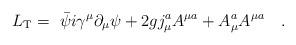
LaTeX: \begin{align*}L_{{\rm T}}= {\ \bar \psi}i\gamma^{\mu}\partial_{\mu} \psi + 2g j_{\mu}^aA^{\mu a } +A_{\mu }^a A^{\mu a}\quad.\end{align*}